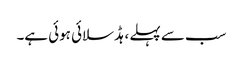
سب سے پہلے ، ہڈ سلائی ہوئی ہے۔